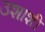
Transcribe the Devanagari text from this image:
उशाशी